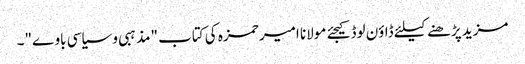
مزید پڑھنے کیلئے ڈاؤن لوڈ کیجئے مولانا امیر حمزہ کی کتاب "مذہبی و سیاسی باوے"۔